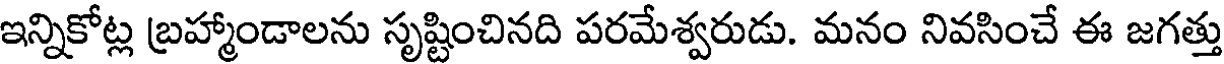
ఇన్నికోట్ల బ్రహ్మాండాలను సృష్టించినది పరమేశ్వరుడు. మనం నివసించే ఈ జగత్తు